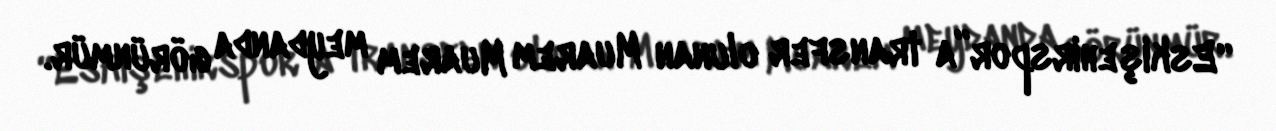
“Eskişehirspor”a transfer olunan Muarem Muarem meydanda görünmür.